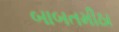
બાબતમીઠા